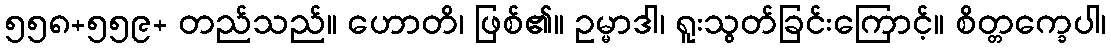
၅၅၈+၅၅၉+ တည်သည်။ ဟောတိ၊ ဖြစ်၏။ ဥမ္မာဒါ၊ ရူးသွတ်ခြင်းကြောင့်။ စိတ္တက္ခေပါ၊